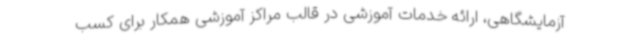
آزمایشگاهی، ارائه خدمات آموزشی در قالب مراکز آموزشی همکار برای کسب